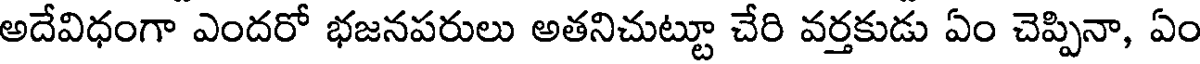
అదేవిధంగా ఎందరో భజనపరులు అతనిచుట్టూ చేరి వర్తకుడు ఏం చెప్పినా, ఏం